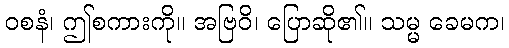
ဝစနံ၊ ဤစကားကို။ အဗြဝိ၊ ပြောဆို၏။ သမ္မ ခေမက၊